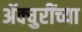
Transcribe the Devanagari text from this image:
ॲक्चुरींच्या